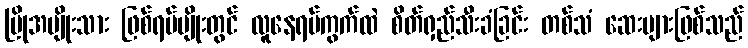
မြိုအမျိုးသား ဖြစ်ရပ်မျိုးတွင် လူနေရပ်ကွက်ထဲ စိတ်ရှည်သီးခံခြင်း တစ်သံ ဆေးများဖြစ်သည်